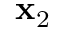
\mathbf { x } _ { 2 }